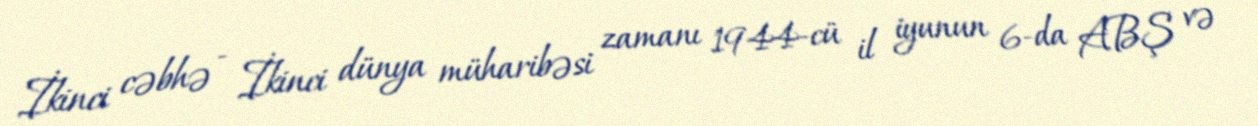
İkinci cəbhə - İkinci dünya müharibəsi zamanı 1944-cü il iyunun 6-da ABŞ və